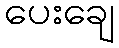
ပေးချေ